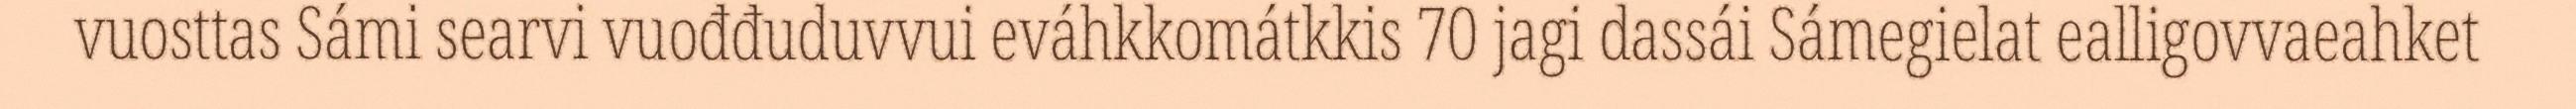
vuosttas Sámi searvi vuođđuduvvui eváhkkomátkkis 70 jagi dassái Sámegielat ealligovvaeahket